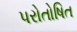
પરોતોષિત